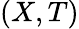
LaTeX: (X,T)